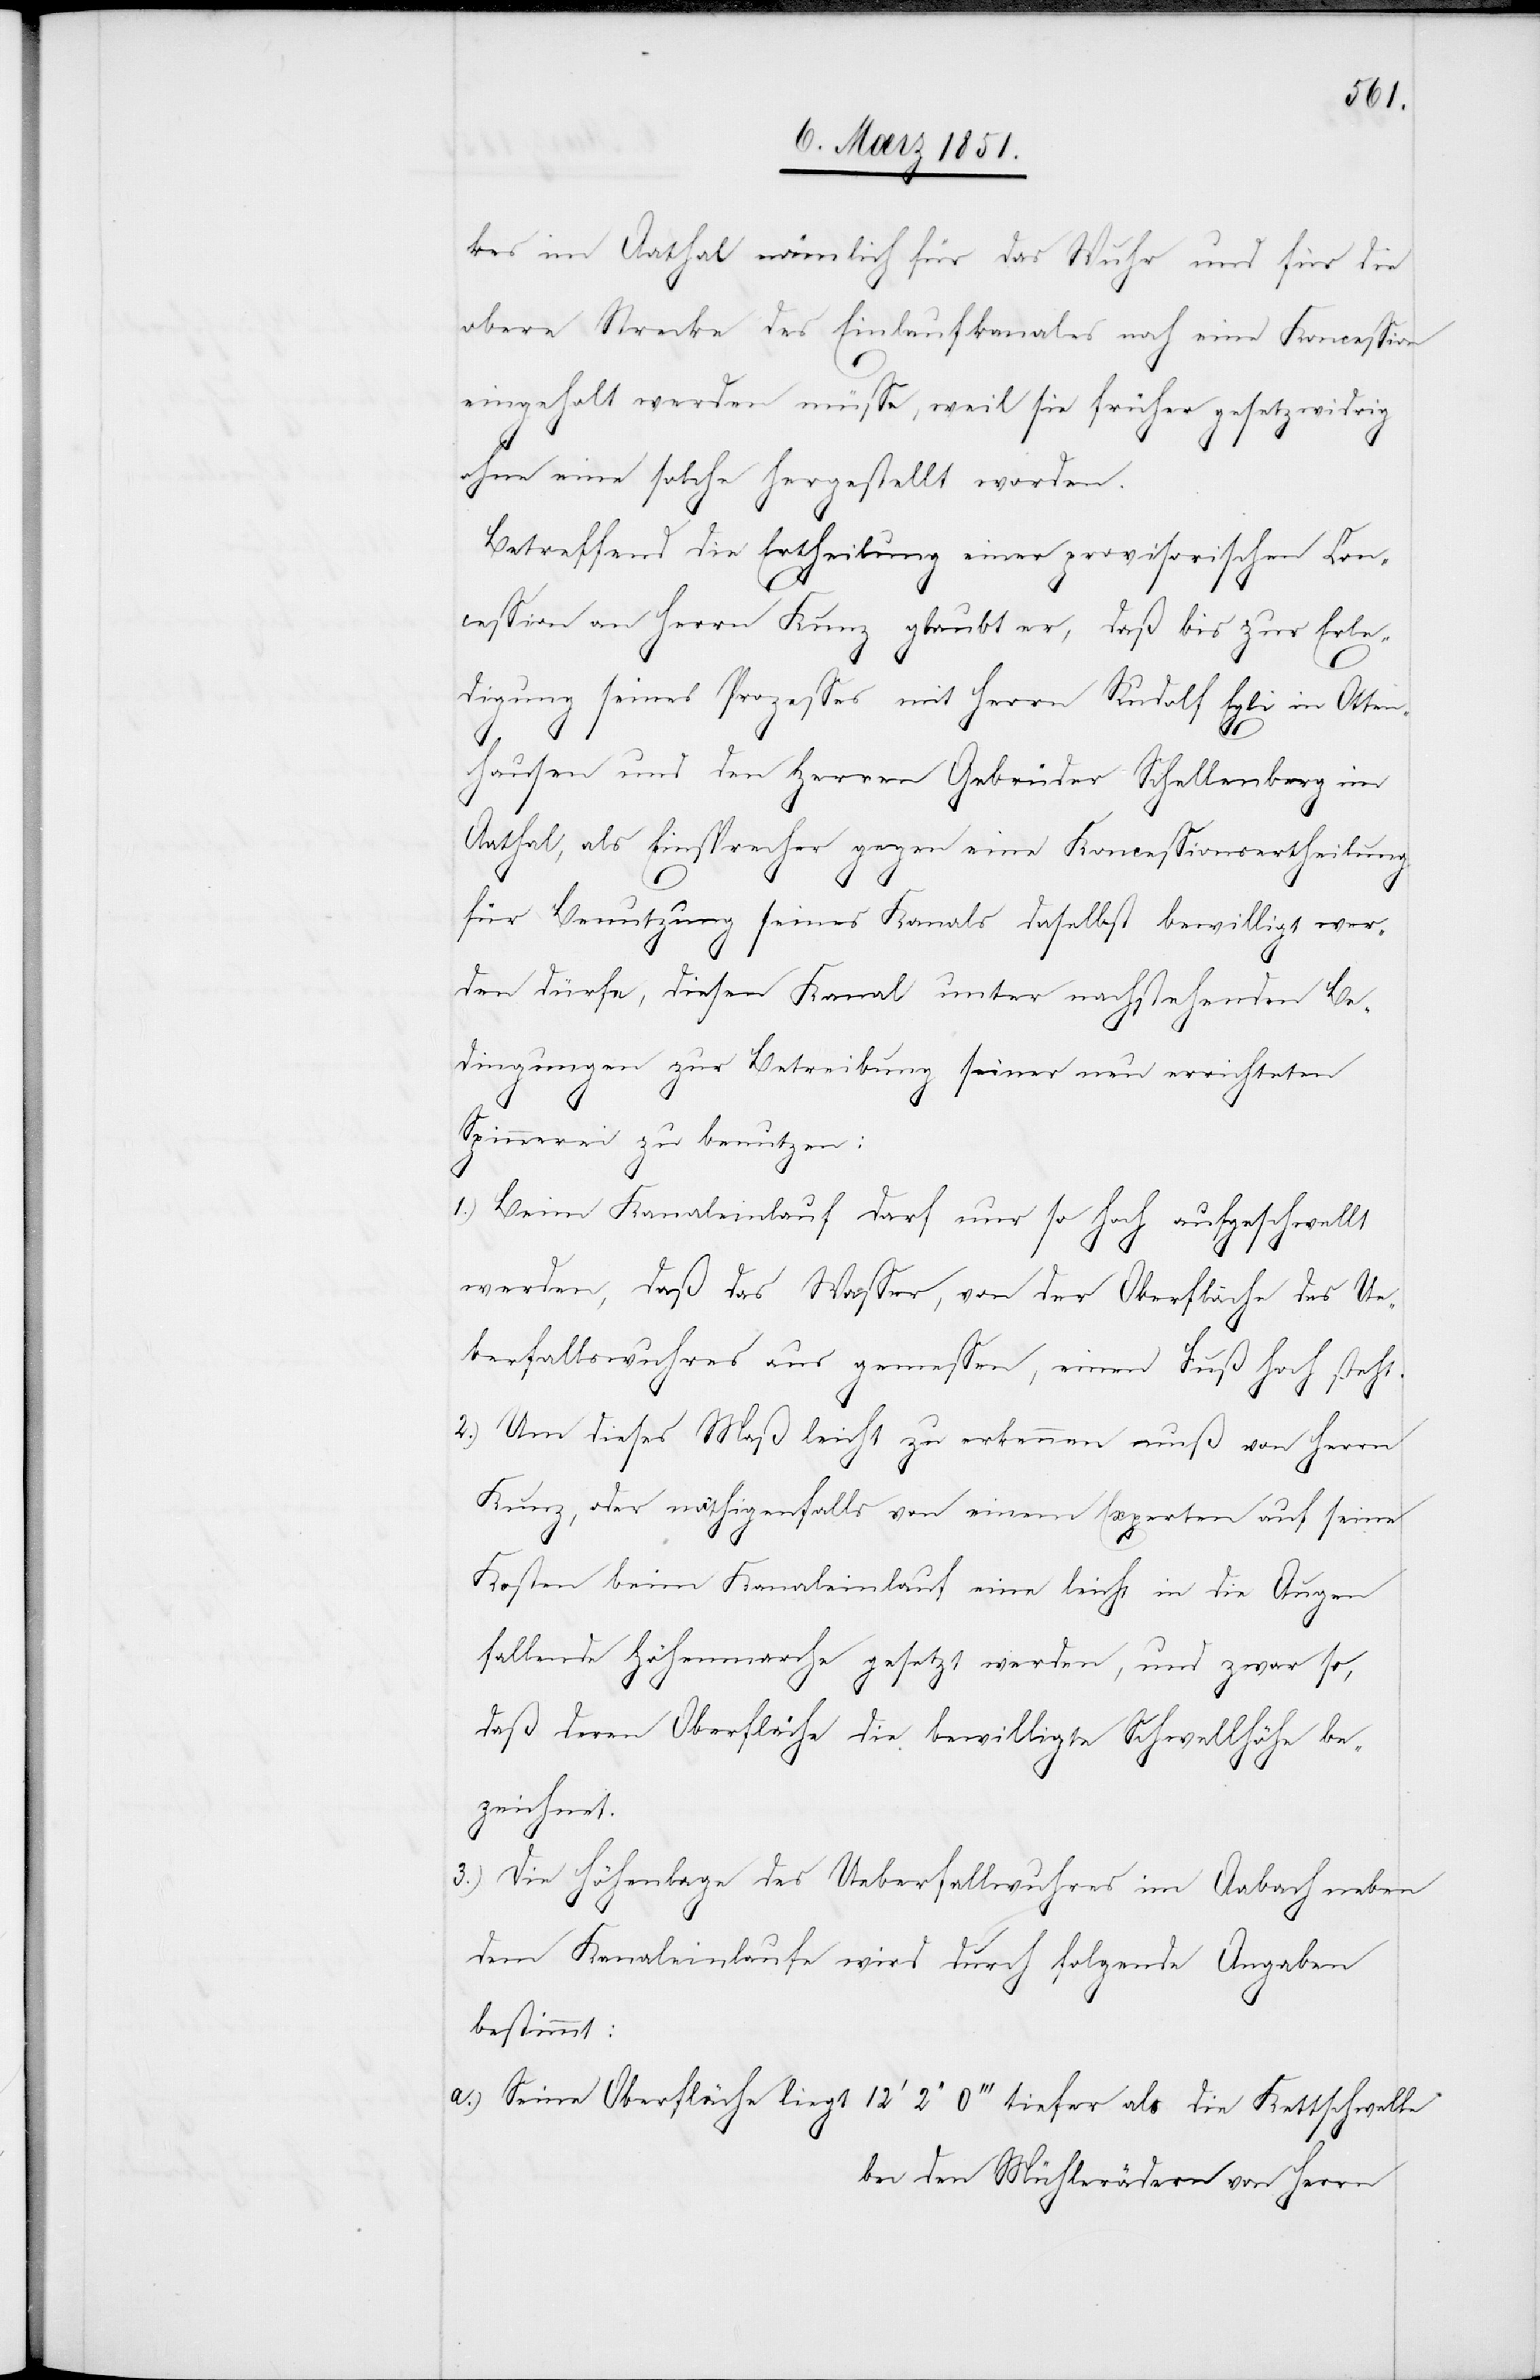
kes im Aathal nämlich für das Wuhr und für die
obere Strecke des Einlaufkanales noch eine Koncession
eingeholt werden müsse, weil sie früher gesetzwidrig
ohne eine solche hergestellt worden.
Betreffend die Ertheilung einer provisorischen Con¬
cession an Herrn Kunz glaubt er, daß bis zur Erle¬
digung seines Prozesses mit Herrn Rudolf Egli in Otten¬
hausen und den Herren Gebrüder Schellenberg im
Aathal, als Einsprecher gegen eine Koncessionsertheilung
für Benutzung seines Kanals daselbst bewilligt wer¬
den dürfe, diesen Kanal unter nachstehenden Be¬
dingungen zur Betreibung seiner neu errichteten
Spinnerei zu benutzen:
1.)
Beim Kanaleinlauf darf nur so hoch aufgeschwellt
werden, daß das Wasser, von der Oberfläche des Ue¬
berfallswuhres aus gemessen, einen Fuß hoch steht.
Um dieses Maß leicht zu erkennen muß von Herrn
Kunz, oder nöthigenfalls von einem Experten auf seine
Kosten beim Kanaleinlauf eine leicht in die Augen
fallende Höhenmarche gesetzt werden, und zwar so,
daß deren Oberfläche die bewilligte Schwellhöhe be¬
zeichnet.
Die Höhenlage des Ueberfallwuhres im Aabach neben
dem Kanaleinlaufe wird durch folgende Angaben
bestimmt:
Seine Oberfläche liegt 12‘ 2‘‘ 0‘‘‘ tiefer als die Kettschwelle
bei den Mühlerädern von